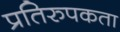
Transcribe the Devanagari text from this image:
प्रतिरुपकता